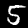
Digit: 5